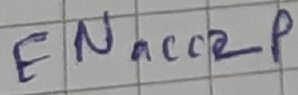
Text: ENacc2p